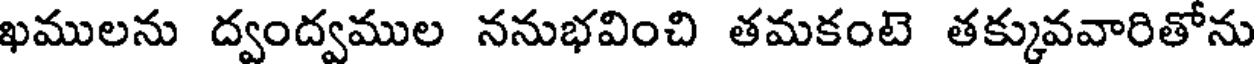
ఖములను ద్వంద్వముల ననుభవించి తమకంటె తక్కువవారితోను